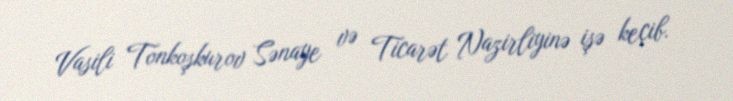
Vasili Tonkoşkurov Sənaye və Ticarət Nazirliyinə işə keçib.